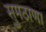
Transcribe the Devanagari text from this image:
सुमठाणा